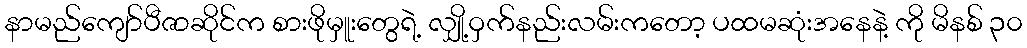
နာမည်ကျော်ပီဇာဆိုင်က စားဖိုမှူးတွေရဲ့ လျှို့ဝှက်နည်းလမ်းကတော့ ပထမဆုံးအနေနဲ့ ကို မိနစ် ၃၀